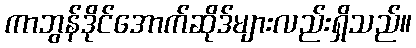
ကာဘွန်ဒိုင်အောက်ဆိုဒ်များလည်းရှိသည်။